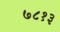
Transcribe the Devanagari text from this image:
७८१३